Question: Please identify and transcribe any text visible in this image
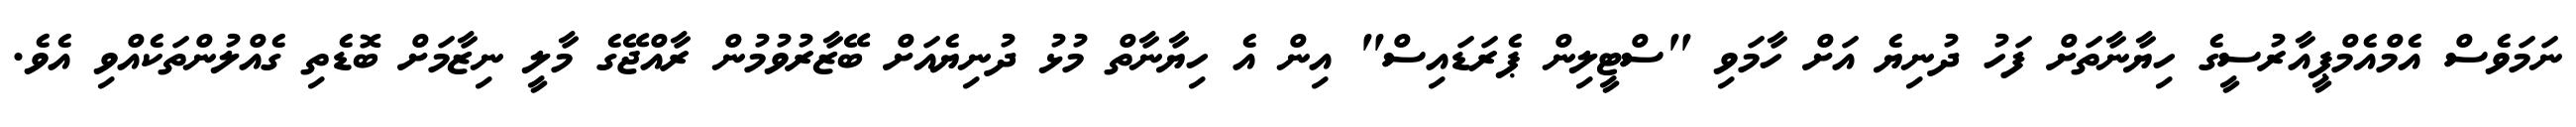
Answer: ނަމަވެސް އެމްއެމްޕީއާރުސީގެ ހިޔާނާތަށް ފަހު ދުނިޔެ އަށް ހާމަވި "ސްޓީލިން ޕެރަޑައިސް" އިން އެ ހިޔާނާތް މުޅު ދުނިޔެއަށް ބޭޒާރުވުމުން ރާއްޖޭގެ މާލީ ނިޒާމަށް ބޮޑެތި ގެއްލުންތަކެއްވި އެވެ.